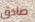
صادق